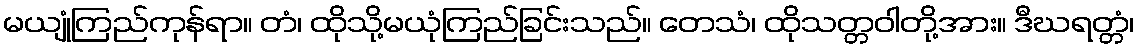
မယျုံကြည်ကုန်ရာ။ တံ၊ ထိုသို့မယုံကြည်ခြင်းသည်။ တေသံ၊ ထိုသတ္တဝါတို့အား။ ဒီဃရတ္တံ၊